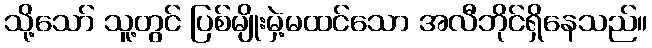
သို့သော် သူ့တွင် ပြစ်မျိုးမှဲ့မထင်သော အလီဘိုင်ရှိနေသည်။